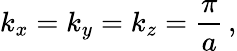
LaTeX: k_{x}=k_{y}=k_{z}=\frac{\pi}{a}\, ,